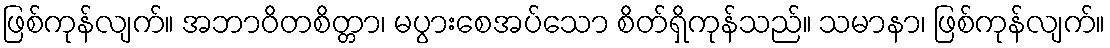
ဖြစ်ကုန်လျက်။ အဘာဝိတစိတ္တာ၊ မပွားစေအပ်သော စိတ်ရှိကုန်သည်။ သမာနာ၊ ဖြစ်ကုန်လျက်။